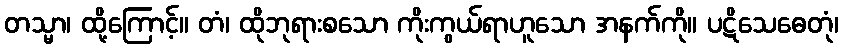
တသ္မာ၊ ထို့ကြောင့်။ တံ၊ ထိုဘုရားစသော ကိုးကွယ်ရာဟူသော အနက်ကို။ ပဋိသေဓေတုံ၊